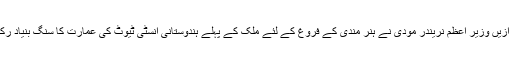
قبل ازیں وزیر اعظم نریندر مودی نے ہنر مندی کے فروغ کے لئے ملک کے پہلے ہندوستانی انسٹی ٹیوٹ کی عمارت کا سنگ بنیاد رکھا ۔